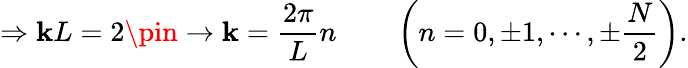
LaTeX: \Rightarrow\mathbf{k}L=2\pin\to\mathbf{k}={\frac{{2\pi}}{{L}}}n\qquad\left(n=0,\pm1,\cdots,\pm{\frac{{N}}{{2}}}\right).